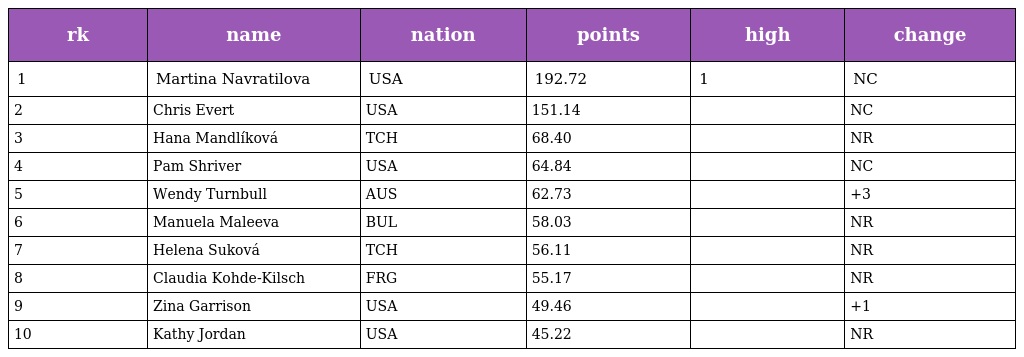
| rk | name | nation | points | high | change |
 | --- | --- | --- | --- | --- | --- |
 | 1 | Martina Navratilova | USA | 192.72 | 1 | NC |
 | 2 | Chris Evert | USA | 151.14 |  | NC |
 | 3 | Hana Mandlíková | TCH | 68.40 |  | NR |
 | 4 | Pam Shriver | USA | 64.84 |  | NC |
 | 5 | Wendy Turnbull | AUS | 62.73 |  | +3 |
 | 6 | Manuela Maleeva | BUL | 58.03 |  | NR |
 | 7 | Helena Suková | TCH | 56.11 |  | NR |
 | 8 | Claudia Kohde-Kilsch | FRG | 55.17 |  | NR |
 | 9 | Zina Garrison | USA | 49.46 |  | +1 |
 | 10 | Kathy Jordan | USA | 45.22 |  | NR |